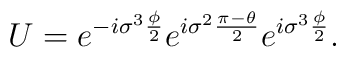
U = e^{-i{\sigma}^{3} \frac{\phi}{2}} e^{i {\sigma}^{2} \frac{\pi-\theta}{2}}e^{i{\sigma}^{3} \frac{\phi}{2}}.